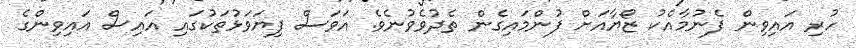
ހުރި އައިވިން ފެނުމާއެކު ޒޯޔާއަށް ފުންމައިގެން ތެދުވެވުނެވެ. އަވަސް ފިޔަވަޅުތަކުގައި އައިސް އައިވިންގެ